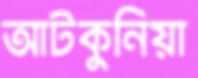
আটকুনিয়া